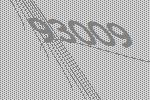
93009